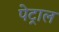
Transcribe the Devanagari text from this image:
पेट्राल